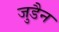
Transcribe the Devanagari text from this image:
जुडैन